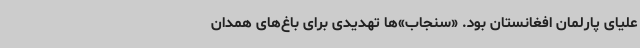
علیای پارلمان افغانستان بود. «سنجاب‌»ها تهدیدی برای باغ‌های همدان